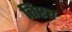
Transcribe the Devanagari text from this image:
तिश्च